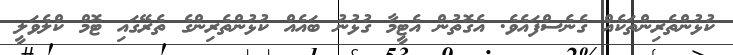
ކުޅުންތެރިންތަކެއް ގެނެސްފައެވެ. އެގޮތުން އެޓީމާ ގުޅުނު ބައެއް ކުޅުންތެރިންގެ ތެރޭގައި ޓޮމް ކްލެވަލީ